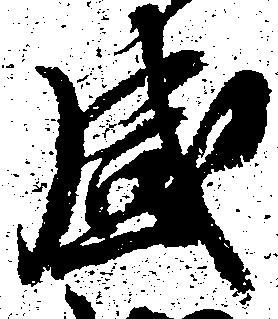
感